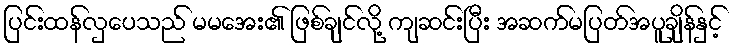
ပြင်းထန်လှပေသည် မမအေး၏ ဖြစ်ချင်လို့ ကျဆင်းပြီး အဆက်မပြတ်အပူချိန်နှင့်